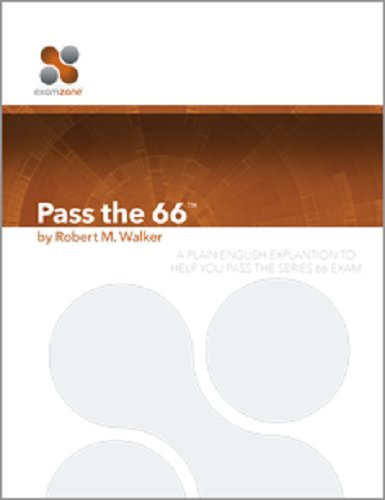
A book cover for Pass The 66 - 2015: A Plain English Explanation To Help You Pass The Series 66 Exam; Robert M. Walker; Test Preparation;